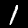
Label: 1